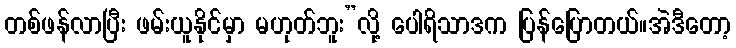
တစ်ဖန်လာပြီး ဖမ်းယူနိုင်မှာ မဟုတ်ဘူး”လို့ ပေါရိသာဒက ပြန်ပြောတယ်။အဲဒီတော့